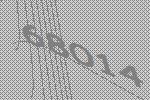
68014